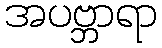
အပဗ္ဘာရာ